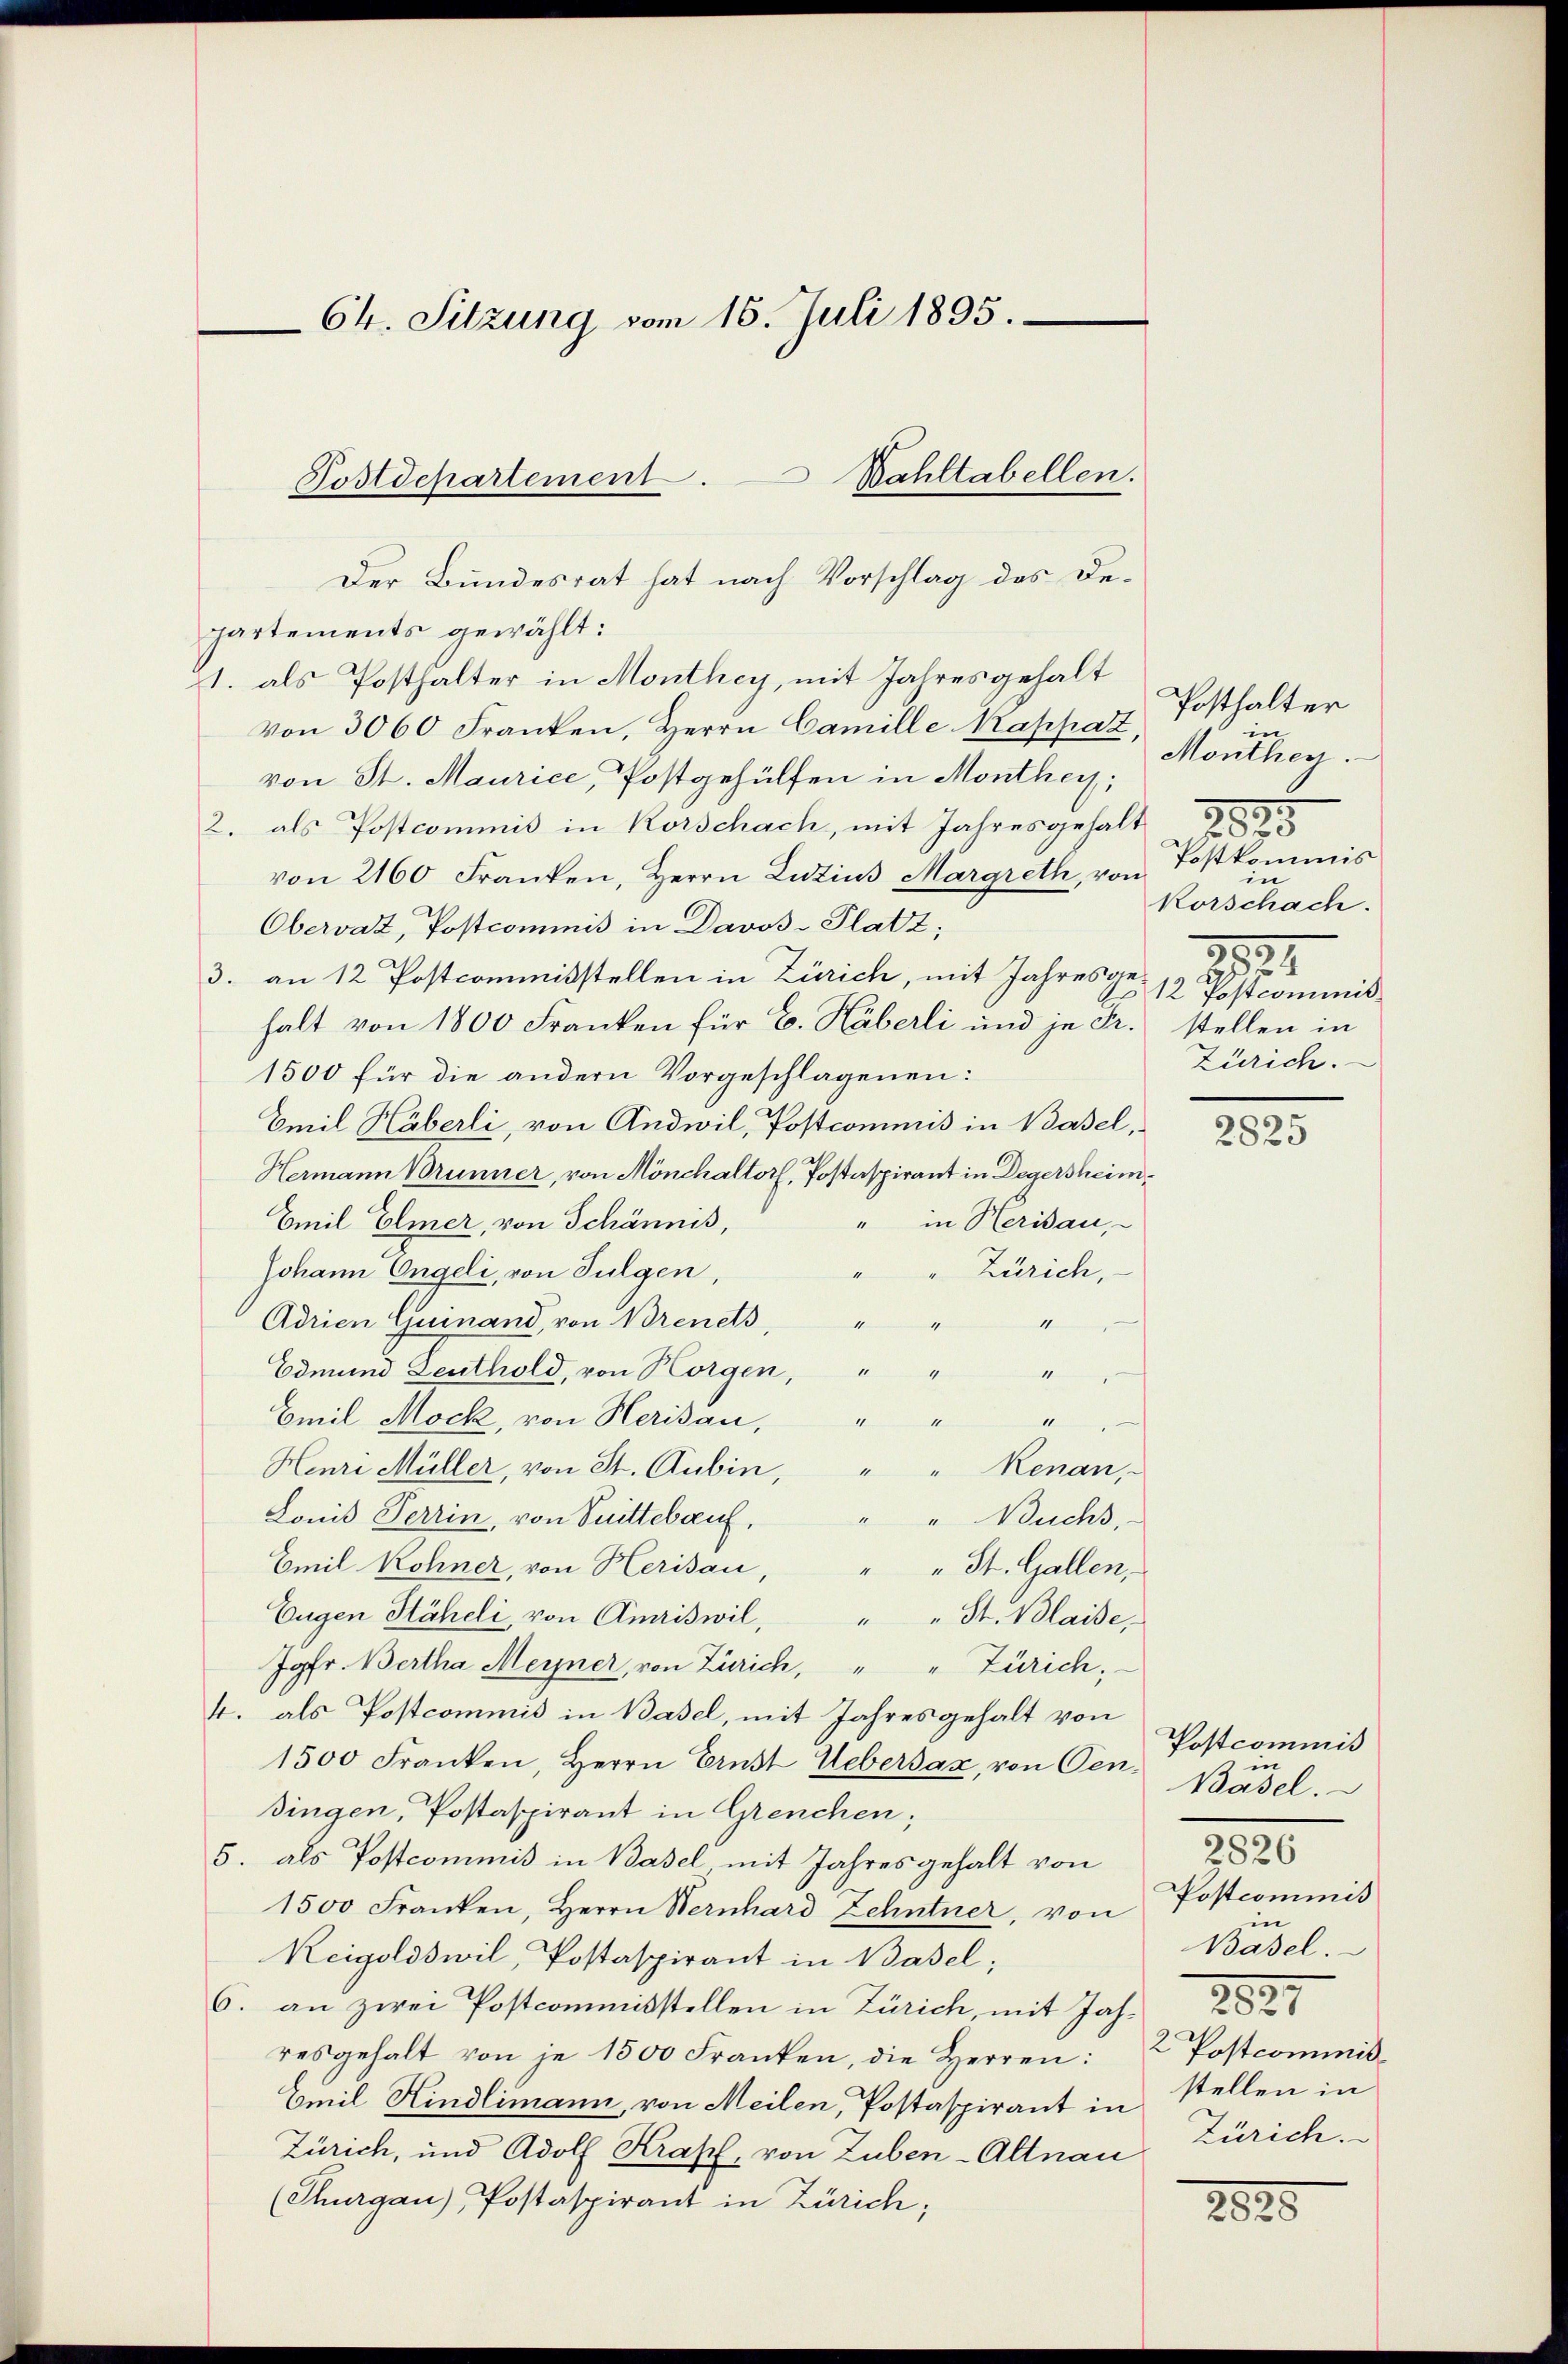
64. Sitzung vom 15. Juli 1895.
Postdepartement. Bahltabellen.

Der Bundesrat hat nach Vorschlag des Departements gewählt:
1. als Posthalter in Monthey, mit Jahresgehalt
von 3000 Franken, Herrn Camille Kappart
von St. Maurice, Postgehülfen in Monthey,
2. als Postcommis in Korschach, mit Jahresgehalt
von 2160 Franken, Herrn Lutius Margreth, von Postkommis
Obervaz, Postcommis in Davos- Platz;
3. an 12 Postcommisstellen in Zürich, mit Jahresgehalt von 1800 Franken für E. Häberli und je Fr. stellen in
1500 für die andern Vorgeschlagenen:
Emil Häberli, von Andwil, Postcommis in Basel,
Hermann Brunner, von Mönchaltorf, Postaspirant in Degersheim¬
" in Heridau,
Emil Elmer, von Schännis,
Johann Engeli, von Sulgen,
" Zürich,
4
Adrien Guinand, von Brenets,
11
11
Edmund Leuthold, von Horgen, " " "
Emil Mock, von Herisau,
“
11
1
Henri Müller, von St. Gubin, " " Renau,
Lonis Terrin, von Sittelauf,
" " Buchs,
Emil Kohner, von Herisau,
" " St. Gallen,
Eugen Stäheli, von Amriswil, " " St. Blaise
Jgfr. Bertha Meiner, von Zürich, " " Zürich;
4. als Postcommis in Basel, mit Jahres gehalt von
1500 Franken, Herrn Ernst Uebersaz, von Censingen, Postaspirant in Grenchen;
5. als Postcommis in Basel mit Jahresgehalt von
1500 Franken, Herrn Bernhard Zehntner, von
Reigoldswil, Postaspirant in Basel;
6. an zwei Postcommisstellen in Zürich, mit Joh.
resgehalt von je 1500 Franken, die Herren: Postcommiß¬
Emil Kindlimann, von Meilen, Postaspirant in stellen in
Zürich, und Adolf Krapf, von Zuben-Altnau
(Thurgau) Postaspirant in Zürich;

Posthalter
in
Monthey.
.
2823
korschach.
.
12 Postcommis
Zürich.

2825

Postcommis
n
Basel.
2826
Postcommis
in
Basel.
Zürich.

2825